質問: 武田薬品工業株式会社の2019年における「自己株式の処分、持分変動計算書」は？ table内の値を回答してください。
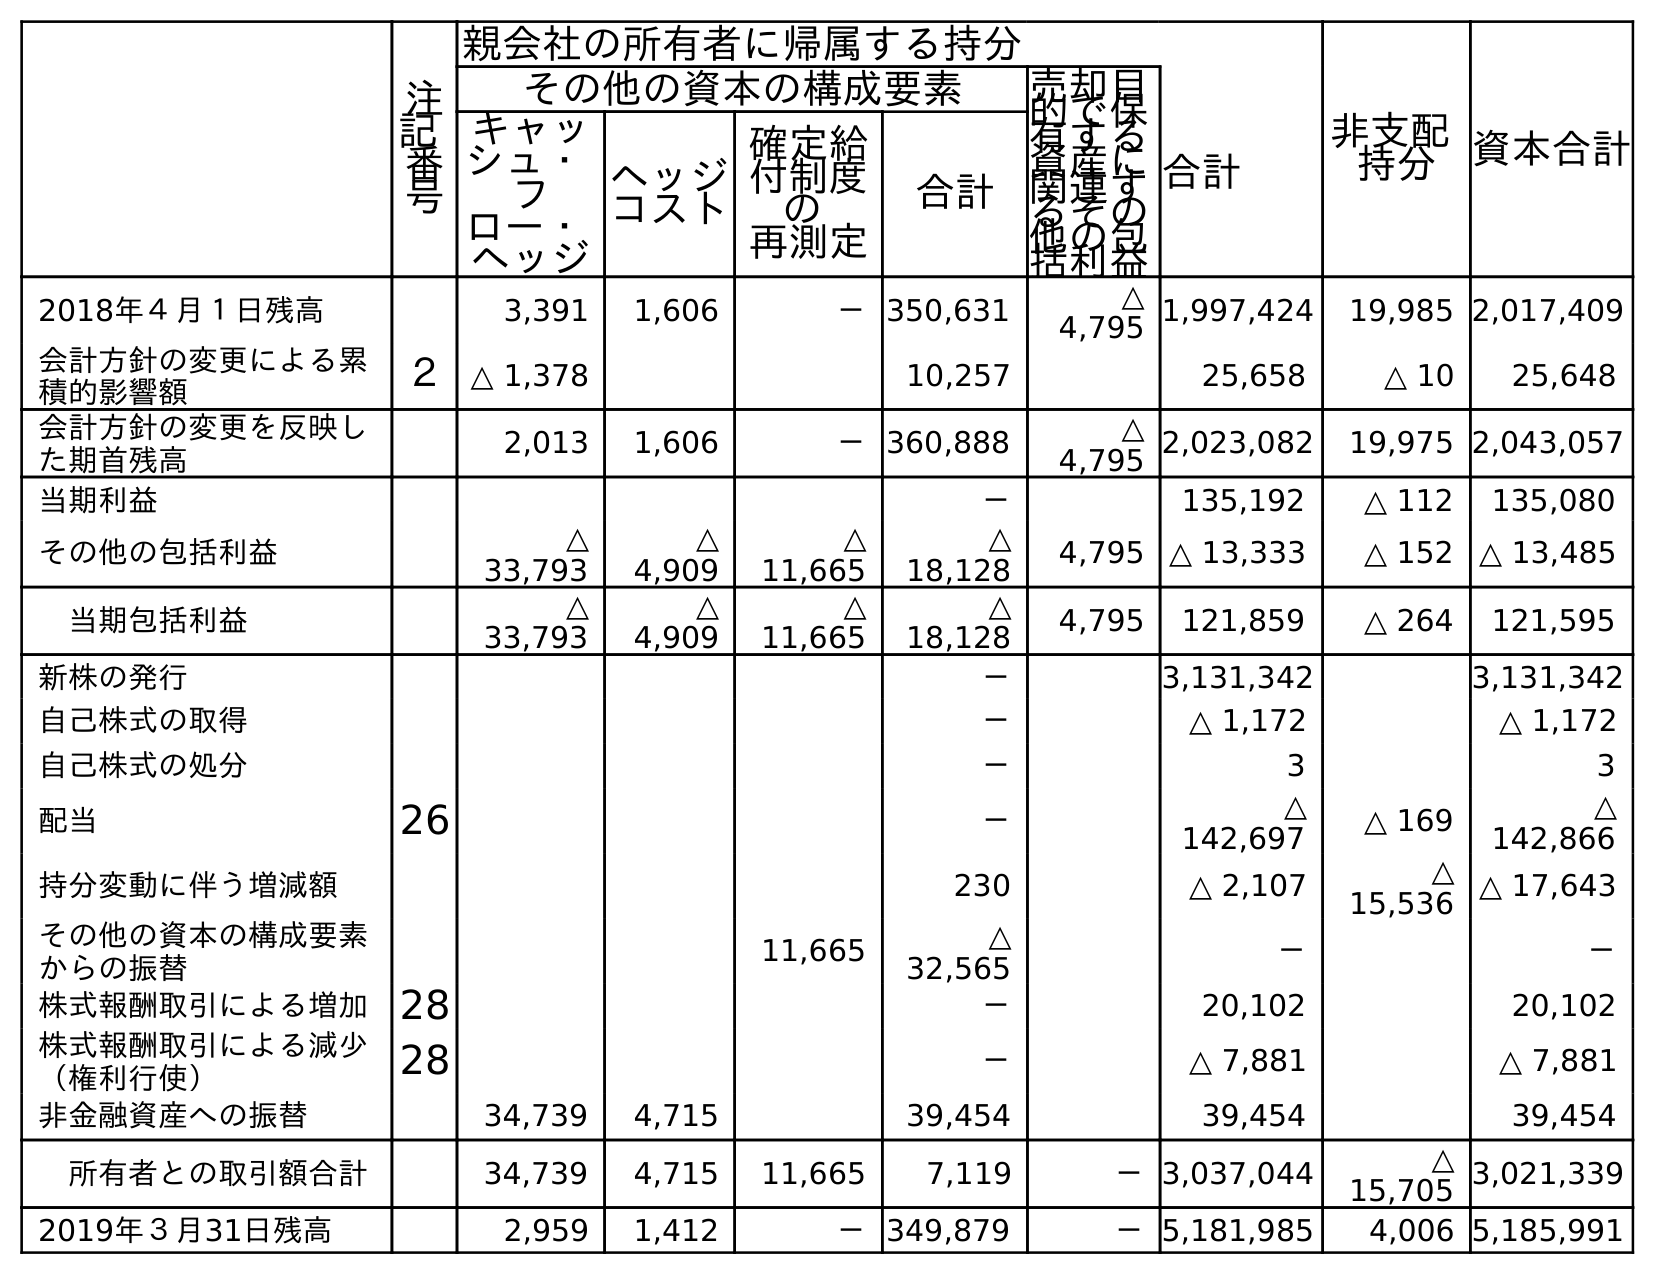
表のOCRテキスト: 注 記 番 号 親会社の所有者に帰属する持分 非支配 持分 資本合計 その他の資本の構成要素 売却目 的で保 有する 資産に 関連す るその 他の包 括利益 合計 キャッ シュ・ フ ロー・ ヘッジ ヘッジ コスト 確定給 付制度 の 再測定 合計 2018年４月１日残高 3,391 1,606 －350,631 △ 4,795 1,997,424 19,985 2,017,409 会計方針の変更による累 積的影響額 ２ △ 1,378 10,257 25,658 △ 10 25,648 会計方針の変更を反映し た期首残高 2,013 1,606 －360,888 △ 4,795 2,023,082 19,975 2,043,057 当期利益 － 135,192 △ 112 135,080 その他の包括利益 △ 33,793 △ 4,909 △ 11,665 △ 18,128 4,795 △ 13,333 △ 152 △ 13,485 当期包括利益 △ 33,793 △ 4,909 △ 11,665 △ 18,128 4,795 121,859 △ 264 121,595 新株の発行 － 3,131,342 3,131,342 自己株式の取得 － △ 1,172 △ 1,172 自己株式の処分 － 3 3 配当 26 － △ 142,697 △ 169 △ 142,866 持分変動に伴う増減額 230 △ 2,107 △ 15,536 △ 17,643 その他の資本の構成要素 からの振替 11,665 △ 32,565 － － 株式報酬取引による増加28 － 20,102 20,102 株式報酬取引による減少 （権利行使） 28 － △ 7,881 △ 7,881 非金融資産への振替 34,739 4,715 39,454 39,454 39,454 所有者との取引額合計 34,739 4,715 11,665 7,119 －3,037,044 △ 15,705 3,021,339 2019年３月31日残高 2,959 1,412 －349,879 －5,181,985 4,006 5,185,991
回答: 3